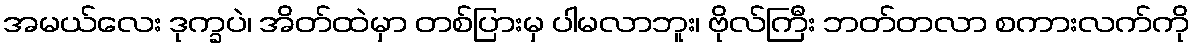
အမယ်လေး ဒုက္ခပဲ၊ အိတ်ထဲမှာ တစ်ပြားမှ ပါမလာဘူး၊ ဗိုလ်ကြီး ဘတ်တလာ စကားလက်ကို